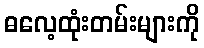
ဓလေ့ထုံးတမ်းများကို